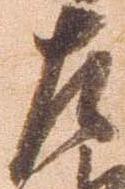
左